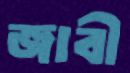
জাবী